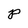
Character: P